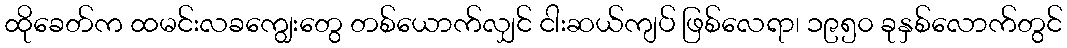
ထိုခေတ်က ထမင်းလခကျွေးတွေ တစ်ယောက်လျှင် ငါးဆယ်ကျပ် ဖြစ်လေရာ၊ ၁၉၅၀ ခုနှစ်လောက်တွင်